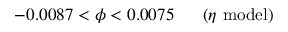
- 0 . 0 0 8 7 < \phi < 0 . 0 0 7 5 \ \ \ \ \ ( \eta \ \mathrm { m o d e l } )